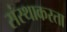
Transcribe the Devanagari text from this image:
संस्थाकरता